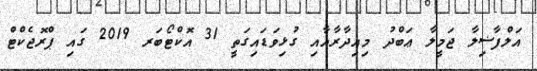
އަލްފާޟިލާ ޖަމީލާ ޢަބްދު މިއިދާރާއާއި ގުޅިވަޑައިގަތީ 31 އޮކްޓޯބަރ 2019 ގައި ޕްރޮޖެކްޓް